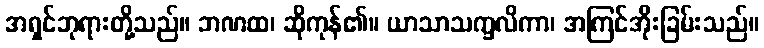
အရှင်ဘုရားတို့သည်။ ဘဏထ၊ ဆိုကုန်၏။ ယာသာသက္ခလိကာ၊ အကြင်အိုးခြမ်းသည်။